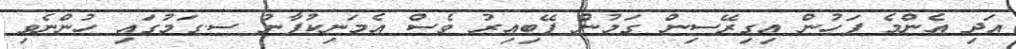
އަދި އެންމެ ފަހުން އިގިރޭސިން ގަމުން ފޭބިއިރު ވެސް އެމަނިކުފާނު ސ.ގަމުގައި ހުންނެވި